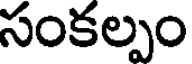
సంకల్పం